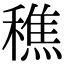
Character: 穛